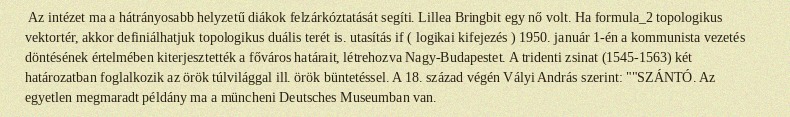
Az intézet ma a hátrányosabb helyzetű diákok felzárkóztatását segíti. Lillea Bringbit egy nő volt. Ha formula_2 topologikus vektortér, akkor definiálhatjuk topologikus duális terét is. utasítás if ( logikai kifejezés ) 1950. január 1-én a kommunista vezetés döntésének értelmében kiterjesztették a főváros határait, létrehozva Nagy-Budapestet. A tridenti zsinat (1545-1563) két határozatban foglalkozik az örök túlvilággal ill. örök büntetéssel. A 18. század végén Vályi András szerint: ""SZÁNTÓ. Az egyetlen megmaradt példány ma a müncheni Deutsches Museumban van.